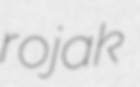
rojak